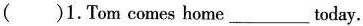
( )1.Tom comes home___today.